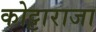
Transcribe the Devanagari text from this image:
कोट्टाराजा